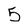
Character: 5